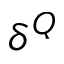
\delta ^ { Q }